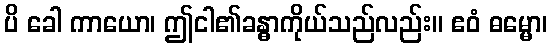
ပိ ခေါ ကာယော၊ ဤငါ၏ခန္ဓာကိုယ်သည်လည်း။ ဧဝံ ဓမ္မော၊